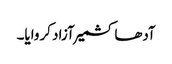
آدھا کشمیر آزاد کروایا۔